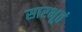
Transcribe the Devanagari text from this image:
सारभूतं